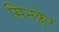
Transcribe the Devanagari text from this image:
सिनक्लेर